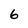
Character: 6